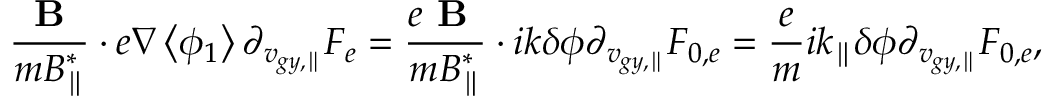
\frac { { \textbf { B } } } { m B _ { \parallel } ^ { * } } \boldsymbol { \cdot } e \nabla \left< \phi _ { 1 } \right> \partial _ { v _ { g y , \parallel } } F _ { e } = \frac { e { \textbf { B } } } { m B _ { \parallel } ^ { * } } \boldsymbol { \cdot } i { k } \delta \phi \partial _ { v _ { g y , \parallel } } F _ { 0 , e } = \frac { e } { m } i { k _ { \parallel } } \delta \phi \partial _ { v _ { g y , \parallel } } F _ { 0 , e } ,